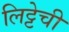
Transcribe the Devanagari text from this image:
लिट्टेची